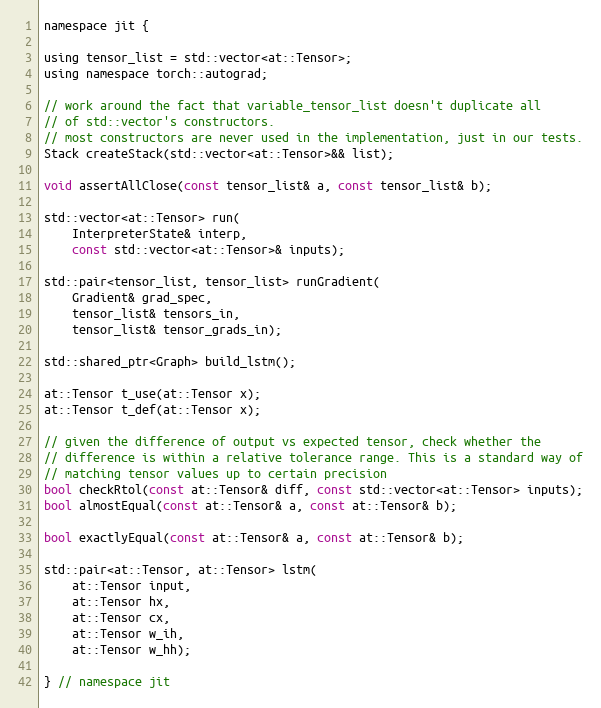
Language: C
namespace jit {

using tensor_list = std::vector<at::Tensor>;
using namespace torch::autograd;

// work around the fact that variable_tensor_list doesn't duplicate all
// of std::vector's constructors.
// most constructors are never used in the implementation, just in our tests.
Stack createStack(std::vector<at::Tensor>&& list);

void assertAllClose(const tensor_list& a, const tensor_list& b);

std::vector<at::Tensor> run(
    InterpreterState& interp,
    const std::vector<at::Tensor>& inputs);

std::pair<tensor_list, tensor_list> runGradient(
    Gradient& grad_spec,
    tensor_list& tensors_in,
    tensor_list& tensor_grads_in);

std::shared_ptr<Graph> build_lstm();

at::Tensor t_use(at::Tensor x);
at::Tensor t_def(at::Tensor x);

// given the difference of output vs expected tensor, check whether the
// difference is within a relative tolerance range. This is a standard way of
// matching tensor values up to certain precision
bool checkRtol(const at::Tensor& diff, const std::vector<at::Tensor> inputs);
bool almostEqual(const at::Tensor& a, const at::Tensor& b);

bool exactlyEqual(const at::Tensor& a, const at::Tensor& b);

std::pair<at::Tensor, at::Tensor> lstm(
    at::Tensor input,
    at::Tensor hx,
    at::Tensor cx,
    at::Tensor w_ih,
    at::Tensor w_hh);

} // namespace jit